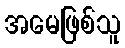
အမေဖြစ်သူ